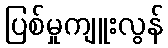
ပြစ်မှုကျူးလွန်